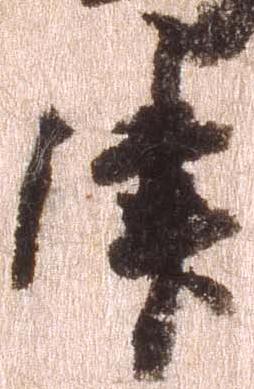
津